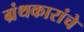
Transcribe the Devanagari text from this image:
ग्रंथकारांचे